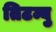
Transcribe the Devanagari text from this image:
तिटम्बु